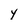
Character: Y